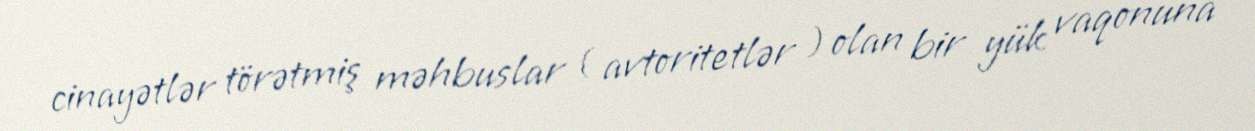
cinayətlər törətmiş məhbuslar ( avtoritetlər ) olan bir yük vaqonuna